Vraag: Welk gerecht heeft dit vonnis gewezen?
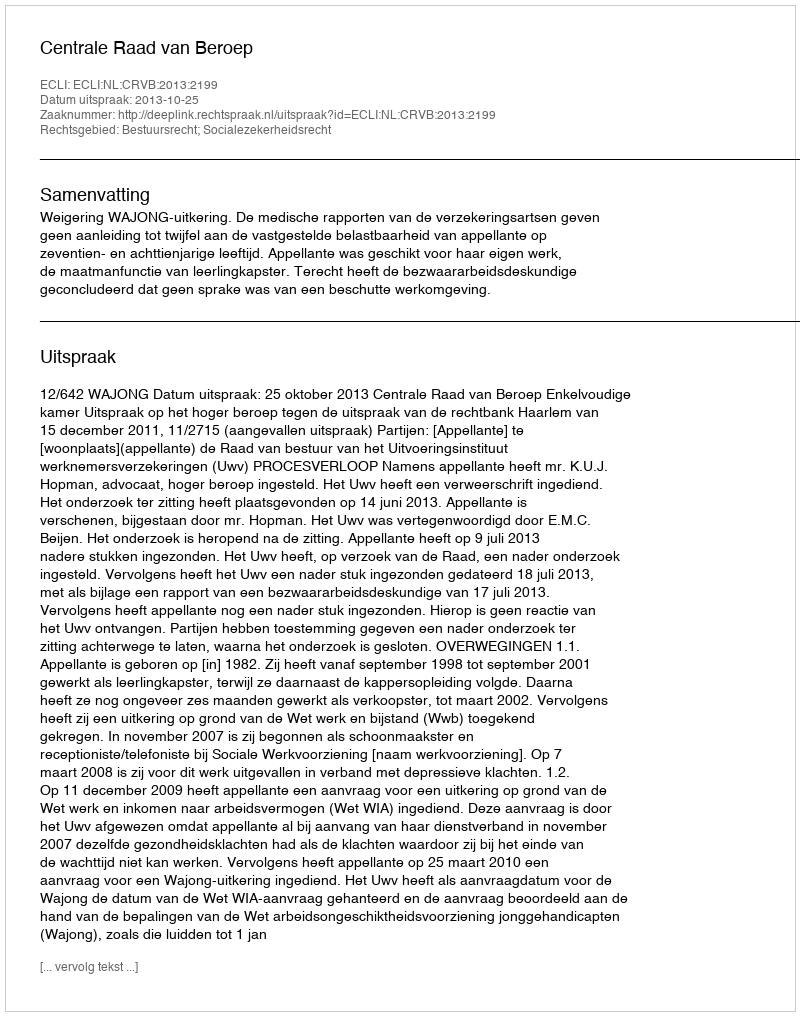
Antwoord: Centrale Raad van Beroep